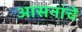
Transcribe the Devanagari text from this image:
आसनांचे